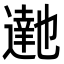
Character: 𮟉